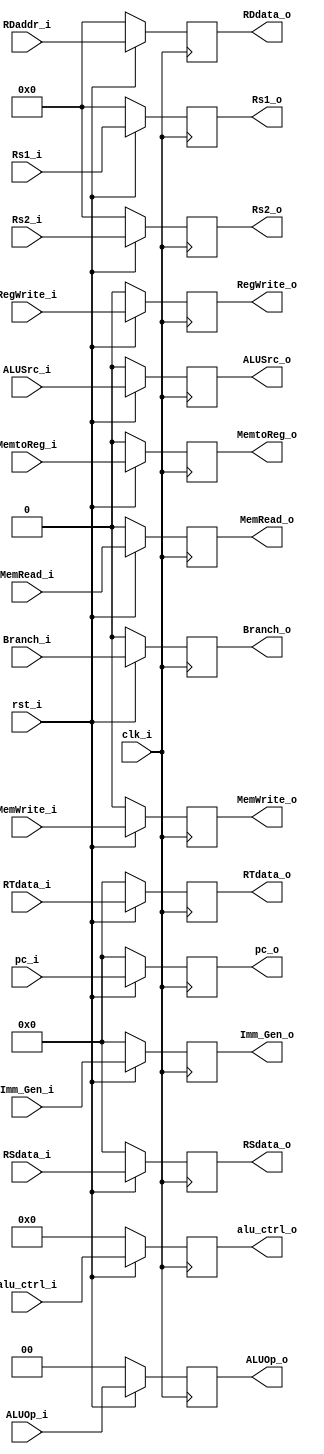
`timescale 1ns / 1ps
//////////////////////////////////////////////////////////////////////////////////
// Company: 
// Engineer: 
// 
// Design Name: 
// Module Name:    IDEX 
// Project Name: 
// Target Devices: 
// Tool versions: 
// Description: 
//
// Dependencies: 
//
// Revision: 
// Revision 0.01 - File Created
// Additional Comments: 
//
//////////////////////////////////////////////////////////////////////////////////
module IDEX(
	input [4:0] Rs1_i,
	input [4:0] Rs2_i,
	input clk_i,
	input rst_i,
	input [31:0] pc_i,
	input MemtoReg_i,
	input [31:0] RSdata_i,
	input [31:0] RTdata_i,
	input [31:0] Imm_Gen_i,
	input [4:0] RDaddr_i,
	input [3:0] alu_ctrl_i,
	input ALUSrc_i,
	input [1:0] ALUOp_i,
	input Branch_i,
	input RegWrite_i,
	input MemRead_i,
	input MemWrite_i,
	output reg RegWrite_o,
	output reg Branch_o,
	output reg [1:0] ALUOp_o,
	output reg ALUSrc_o,
	output reg [31:0] pc_o,
	output reg [31:0] RSdata_o,
	output reg [31:0] RTdata_o,
	output reg [31:0] Imm_Gen_o,
	output reg [3:0] alu_ctrl_o,
	output reg [4:0] RDdata_o,
	output reg MemRead_o,
	output reg MemWrite_o,
	output reg MemtoReg_o,
	output reg [4:0] Rs1_o,
	output reg [4:0] Rs2_o
    );
always@(posedge clk_i)begin
	if (rst_i) begin
		RegWrite_o=RegWrite_i;
		Branch_o=Branch_i;
		ALUOp_o=ALUOp_i;
		ALUSrc_o=ALUSrc_i;
		pc_o=pc_i;
		RSdata_o=RSdata_i;
		RTdata_o=RTdata_i;
		Imm_Gen_o=Imm_Gen_i;
		alu_ctrl_o=alu_ctrl_i;
		RDdata_o=RDaddr_i;
		MemRead_o=MemRead_i;
		MemWrite_o=MemWrite_i;
		MemtoReg_o=MemtoReg_i;
		Rs1_o=Rs1_i;
		Rs2_o=Rs2_i;
	end
	else begin
		RegWrite_o=0;
		Branch_o=0;
		ALUOp_o=0;
		ALUSrc_o=0;
		pc_o=0;
		RSdata_o=0;
		RTdata_o=0;
		Imm_Gen_o=0;
		alu_ctrl_o=0;
		RDdata_o=0;
		MemRead_o=0;
		MemWrite_o=0;
		MemtoReg_o=0;
		Rs1_o=0;
		Rs2_o=0;
	end
end

endmodule